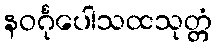
နဝင်္ဂုပေါသထသုတ္တံ